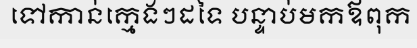
ទៅកាន់ក្មេងៗដទៃ បន្ទាប់មកឪពុក